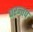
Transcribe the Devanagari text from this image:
परन्तप